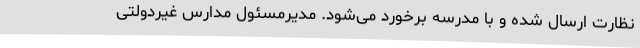
نظارت ارسال شده و با مدرسه برخورد می‌شود. مدیرمسئول مدارس غیردولتی